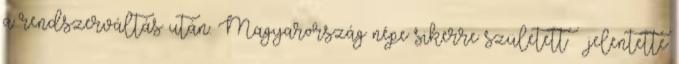
a rendszerváltás után. Magyarország népe sikerre született – jelentette